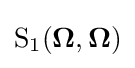
{\text{S}}_{1}(\mathbf {\Omega } ,\mathbf {\Omega } )